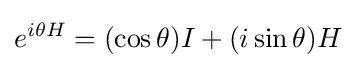
e^{i\theta H}=(\cos \theta )I+(i\sin \theta )H